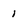
Character: 1